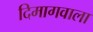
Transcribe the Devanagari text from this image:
दिमागवाला